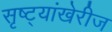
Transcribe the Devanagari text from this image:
सृष्ट्यांखेरीज